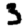
Digit: 3